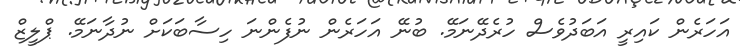
އަހަރެން ކައިރީ އަބަދުވެސް ހުރެދޭނަމޭ. ބުނޭ އަހަރެން ނުފެންނަ ހިސާބަކަށް ނުދާނަމޭ. ޕްލީޒް